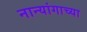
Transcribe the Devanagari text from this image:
नान्यांगाच्या